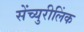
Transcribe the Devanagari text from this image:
सेंच्युरीलिंक